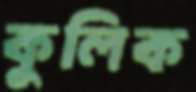
কুলিক